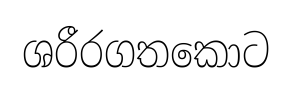
ශරීරගතකොට